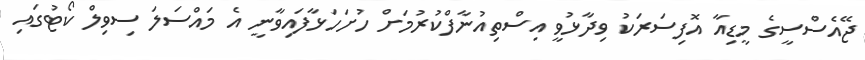
ޖޭއެސްސީގެ މީޑިއާ އޮފިސަރަކު ވިދާޅުވީ އިސްތިއުނާފްކުރުމަށް ހުށަހަޅާފައިވާނީ އެ މައްސަލަ ސިވިލް ކޯޓުގައި